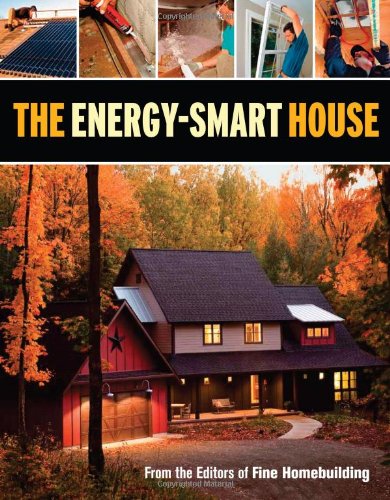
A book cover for The Energy-Smart House; Editors of Fine Homebuilding; Crafts, Hobbies & Home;